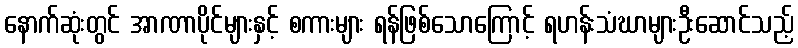
နောက်ဆုံးတွင် အာဏာပိုင်များနှင့် စကားများ ရန်ဖြစ်သောကြောင့် ရဟန်းသံဃာများဦးဆောင်သည့်